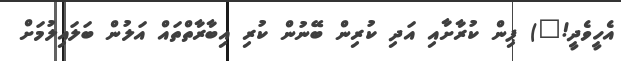
އެހީވެދީ!") ޕިން ކުރާށާއި އަދި ކުރިން ބޭނުން ކުރި އިބާރާތްތައް އަލުން ބަލައިލުމަށް